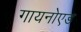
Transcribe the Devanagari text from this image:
गायनोएड